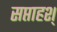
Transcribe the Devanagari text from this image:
सप्ताहश्